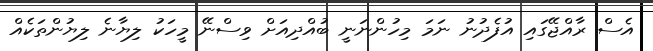
އެސް ރާއްޖޭގައި އުފެދުނު ނަމަ މިހުންނަނީ ބުއްދިއަށް ވިސްނޭ މީހަކު ލިޔާނެ ލިޔުންތަކެއް